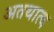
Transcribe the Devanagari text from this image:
अतथात्व